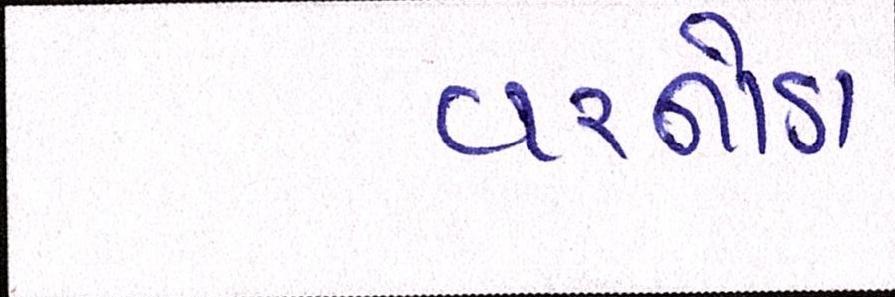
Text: વરનોડા